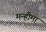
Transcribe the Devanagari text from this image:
मन्हीमा